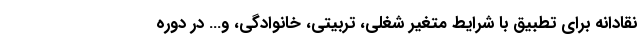
نقادانه برای تطبیق با شرایط متغیر شغلی، تربیتی، خانوادگی، و… در دوره